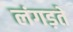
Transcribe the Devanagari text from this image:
लंगड़ते